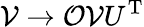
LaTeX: {\cal{V}}\rightarrow{\cal{O}}{\cal{V}}U^{\mathrm{T}}